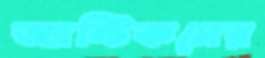
অ্যান্টিকসের